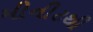
મીનીટથી